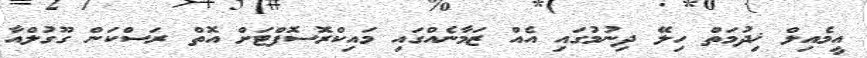
އީމެއިލް ޚިދުމަތް ހިލޭ ދިނުމުގައި އެއް ޒަމާނެއްގައި މައިކްރޮސޮފްޓަށް އޮތް ރަސްކަން ގޫގުލްއާ